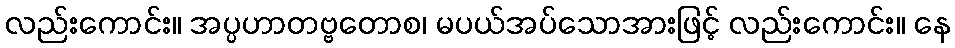
လည်းကောင်း။ အပ္ပဟာတဗ္ဗတောစ၊ မပယ်အပ်သောအားဖြင့် လည်းကောင်း။ နေ